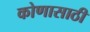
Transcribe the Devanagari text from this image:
कोणासाठी